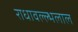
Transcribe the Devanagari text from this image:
राधावल्ल्भलाल